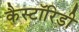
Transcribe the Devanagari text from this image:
कैस्टॉरिडी